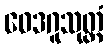
ဝေဒဂူသုတ္တံ